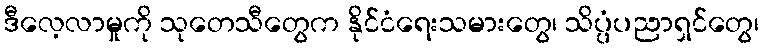
ဒီလေ့လာမှုကို သုတေသီတွေက နိုင်ငံရေးသမားတွေ၊ သိပ္ပံပညာရှင်တွေ၊